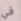
في